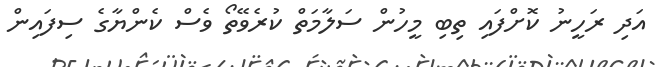
އަދި ރަހީނު ކޮށްފައި ތިބި މީހުން ސަލާމަތް ކުރެވޭތޯ ވެސް ކެންޔާގެ ސިފައިން